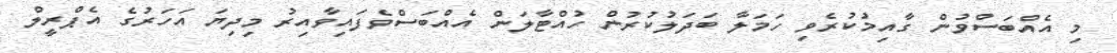
މި އެއްބަސްވުން ގާއިމުކުރެވި ހަމަލާ ބަދަލުކުރުން ހުއްޓާލަން އެއްބަސްވެފައިވާއިރު މިދިޔަ އަހަރުގެ އެޕްރީލް